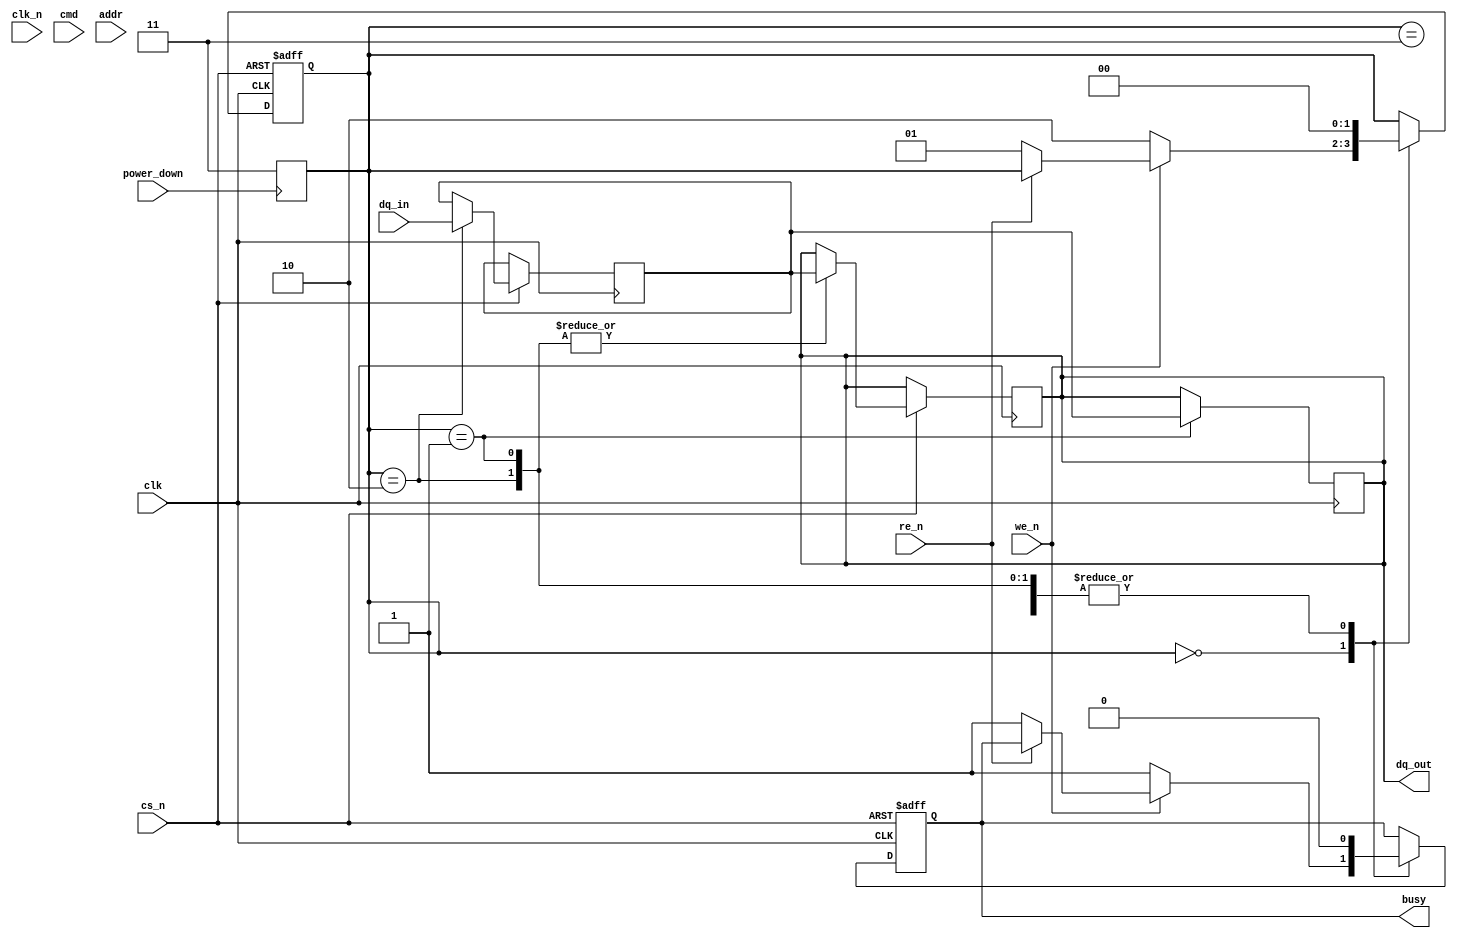
module lpDDR3_IO_Block (
    input wire clk,           // Clock input
    input wire clk_n,         // Inverted clock input
    input wire [31:0] cmd,   // Command input
    input wire [15:0] addr,   // Address input
    input wire [31:0] dq_in,   // Data input
    output reg [31:0] dq_out,   // Data output
    input wire cs_n,          // Chip Select (active low)
    input wire we_n,          // Write Enable (active low)
    input wire re_n,          // Read Enable (active low)
    input wire power_down,     // Power down signal
    output reg busy           // Busy status indicator
);
    
    reg [1:0] state;          // State register
    reg [31:0] data_reg;      // Data register for holding data

    parameter [1:0] IDLE = 2'b00, READ = 2'b01, WRITE = 2'b10, POWER_DOWN = 2'b11;

    // State machine for Read/Write operations
    always @(posedge clk or negedge cs_n) begin
        if (!cs_n) begin
            state <= IDLE;  // Reset State
            busy <= 0;
        end else begin
            case (state)
                IDLE: begin
                    if (!we_n) begin
                        // Write operation
                        state <= WRITE;
                        busy <= 1;
                    end else if (!re_n) begin
                        // Read operation
                        state <= READ;
                        busy <= 1;
                    end
                end

                WRITE: begin
                    data_reg <= dq_in;       // Capture input data
                    dq_out <= data_reg;      // Output captured data
                    state <= IDLE;           // Go back to idle after write
                    busy <= 0;
                end

                READ: begin
                    dq_out <= data_reg;      // Output the data stored in the register
                    state <= IDLE;           // Go back to idle after read
                    busy <= 0;
                end
                
                POWER_DOWN: begin
                    // Handle power down state logic here
                    state <= IDLE;           // Go back to idle
                    busy <= 0;
                end
                
                default: begin
                    state <= IDLE;          // Default to idle state
                    busy <= 0;
                end
            endcase
        end
    end

    // Handle dual data rate (DDR) behavior on both clock edges
    always @(negedge clk) begin
        if (state == READ) begin
            dq_out <= data_reg;  // Output data on falling edge as well
        end
    end

    // Power down logic with optional low-power features
    always @(posedge power_down) begin
        state <= POWER_DOWN;    // Transition to power down state
    end

endmodule